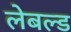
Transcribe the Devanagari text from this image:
लेबल्ड